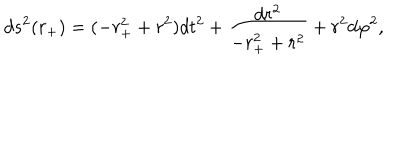
LaTeX: d s ^ { 2 } ( r _ { + } ) = ( - r _ { + } ^ { 2 } + r ^ { 2 } ) d t ^ { 2 } + \frac { d r ^ { 2 } } { - r _ { + } ^ { 2 } + r ^ { 2 } } + r ^ { 2 } d \varphi ^ { 2 } ,